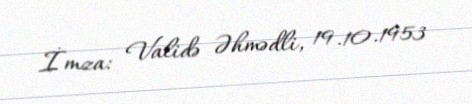
İmza: Validə Əhmədli, 19.10.1953